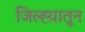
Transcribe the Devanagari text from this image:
जिल्ह्य़ातून